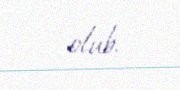
olub.